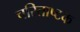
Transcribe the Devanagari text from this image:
चरिताष्टक